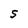
Character: S